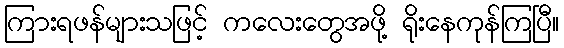
ကြားရဖန်များသဖြင့် ကလေးတွေအဖို့ ရိုးနေကုန်ကြပြီ။